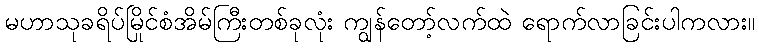
မဟာသုခရိပ်မြိုင်စံအိမ်ကြီးတစ်ခုလုံး ကျွန်တော့်လက်ထဲ ရောက်လာခြင်းပါကလား။